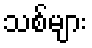
သစ်များ